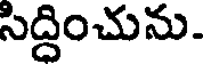
సిద్ధించును.